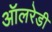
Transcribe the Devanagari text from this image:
ऑलरेडी